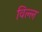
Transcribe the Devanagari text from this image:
विल्ल